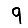
Digit: 9